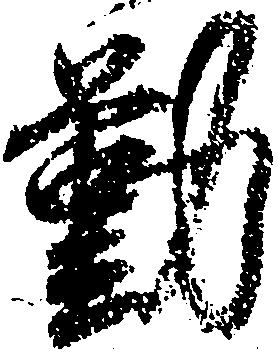
勤